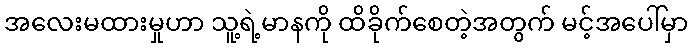
အလေးမထားမှုဟာ သူ့ရဲ့မာနကို ထိခိုက်စေတဲ့အတွက် မင့်အပေါ်မှာ